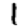
Digit: 1